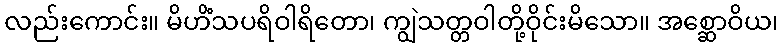
လည်းကောင်း။ မိဟိံသပရိဝါရိတော၊ ကျွဲသတ္တဝါတို့ဝိုင်းမိသော။ အစ္ဆောဝိယ၊